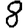
Digit: 8